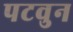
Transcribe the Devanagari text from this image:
पटवुन